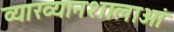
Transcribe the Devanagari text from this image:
व्याख्यानशालाओं